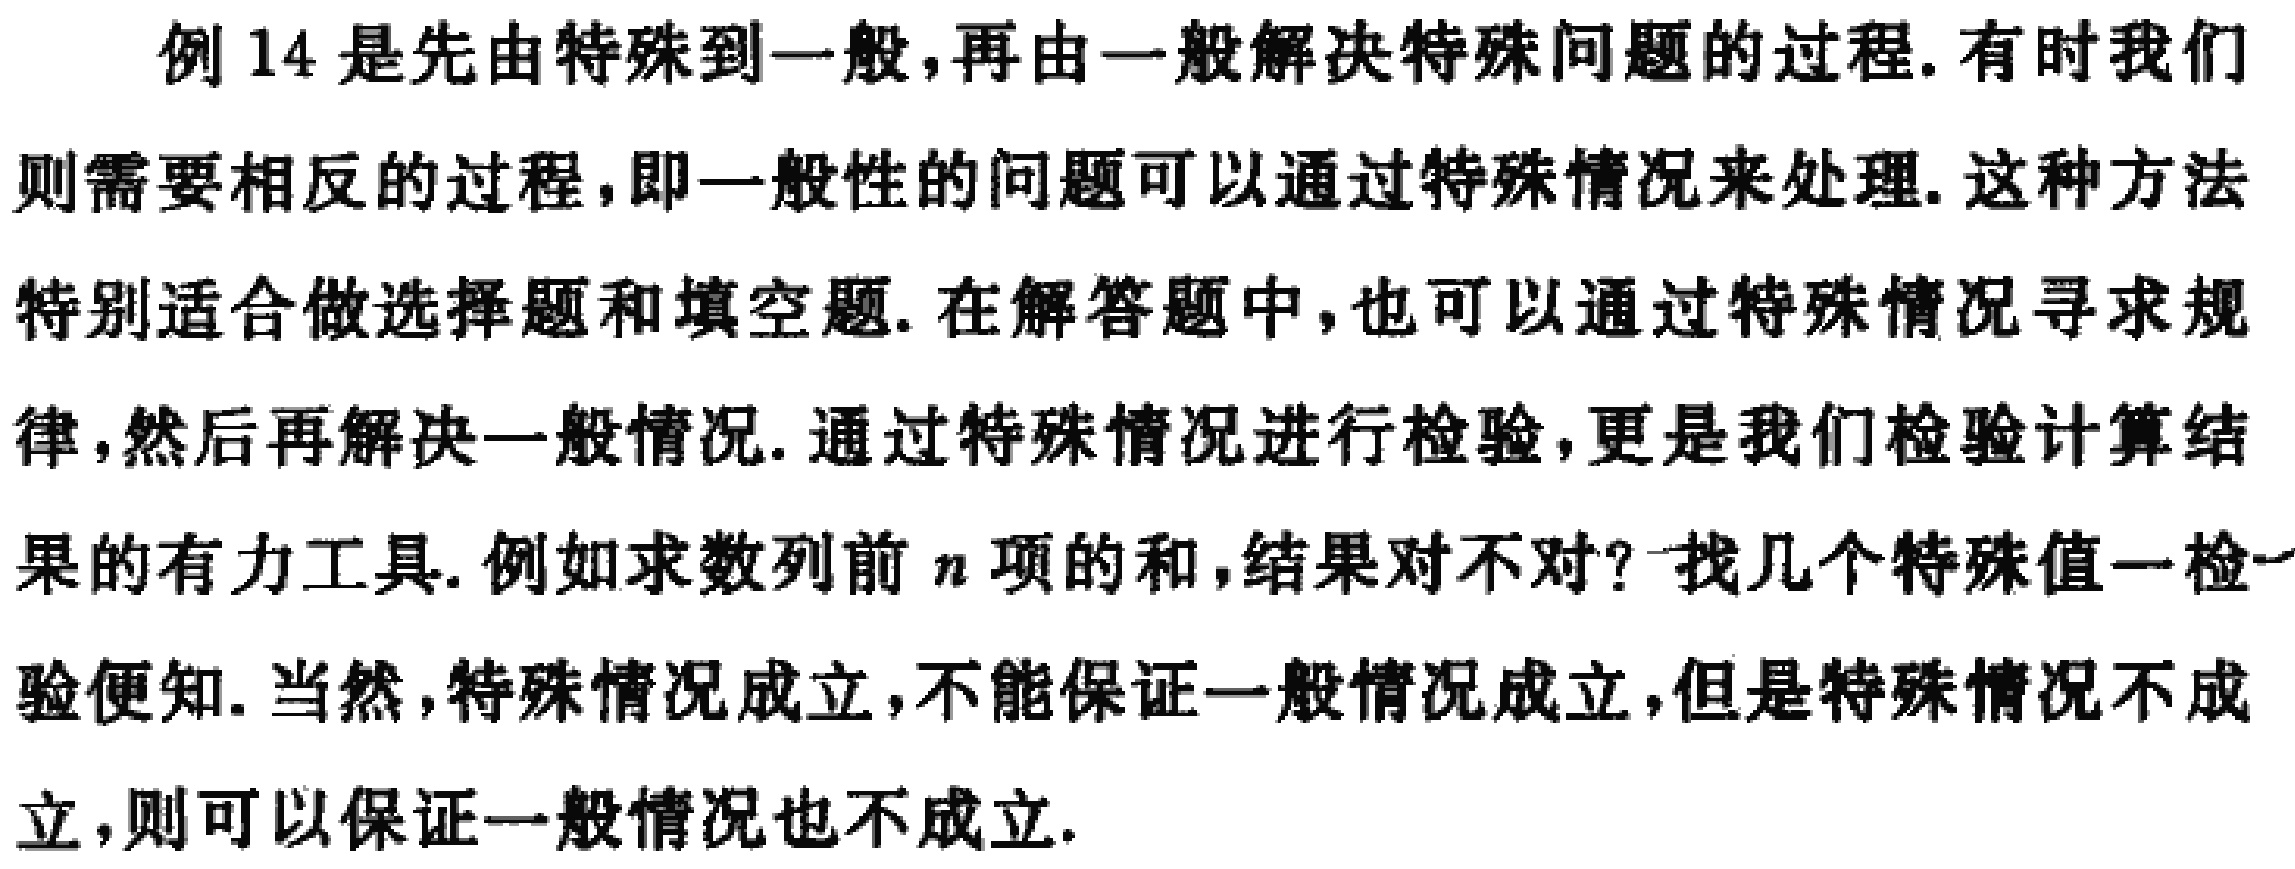
例14是先由特殊到一般,再由一般解决特殊问题的过程.有时我们
则需要相反的过程,即一般性的问题可以通过特殊情况来处理.这种方法
特别适合做选择题和填空题.在解答题中,也可以通过特殊情况寻求规
律,然后再解决一般情况.通过特殊情况进行检验,更是我们检验计算结
果的有力工具.例如求数列前 \(n\) 项的和,结果对不对? 找几个特殊值一检一
验便知.当然,特殊情况成立,不能保证一般情况成立,但是特殊情况不成
立,则可以保证一般情况也不成立.